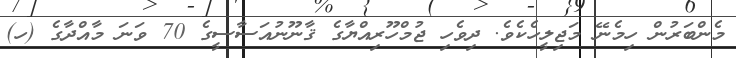
މެންބަރުން ހިމެނޭ މަޖިލީހެކެވެ. ދިވެހި ޖުމްހޫރިއްޔާގެ ޤާނޫނުއަސާސީގެ 70 ވަނަ މާއްދާގެ (ހ)